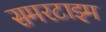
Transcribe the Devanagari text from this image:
समरटाइम